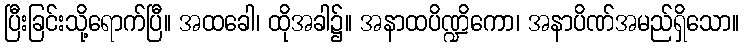
ပြီးခြင်းသို့ရောက်ပြီ။ အထခေါ၊ ထိုအခါ၌။ အနာထပိဏ္ဍိကော၊ အနာပိဏ်အမည်ရှိသော။